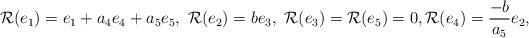
LaTeX: \begin{align*} \mathcal{R}(e_1)= e_1 + a_{4}e_4 + a_{5}e_{5},\ \mathcal{R}(e_2)=b e_3,\ \mathcal{R}(e_3)= \mathcal{R}(e_5) = 0, \mathcal{R}(e_4)= \frac{-b}{a_{5}}e_{2},\end{align*}